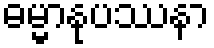
ဓမ္မာနုပဿနာ